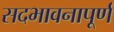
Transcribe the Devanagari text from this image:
सदभावनापूर्ण